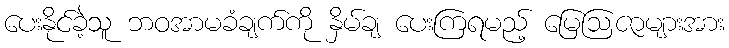
ပေးနိုင်ခဲ့သူ ဘဝအာမခံချက်ကို နှိမ်ချ ပေးကြရမည့် မြေဩဇာများအား